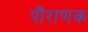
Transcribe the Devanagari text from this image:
पौराणक